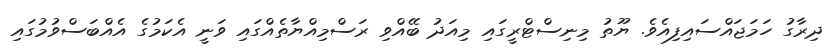
ދިރާގު ހަމަޖައްސައިފިއެވެ. ޔޫތު މިނިސްޓްރީގައި މިއަދު ބޭއްވި ރަސްމިއްޔާތެއްގައި ވަނީ އެކަމުގެ އެއްބަސްވުމުގައި